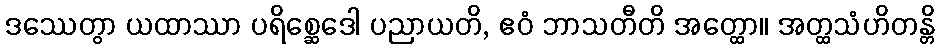
ဒဿေတွာ ယထာဿာ ပရိစ္ဆေဒေါ ပညာယတိ, ဧဝံ ဘာသတီတိ အတ္ထော။ အတ္ထသံဟိတန္တိ